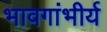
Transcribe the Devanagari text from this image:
भावगांभीर्य